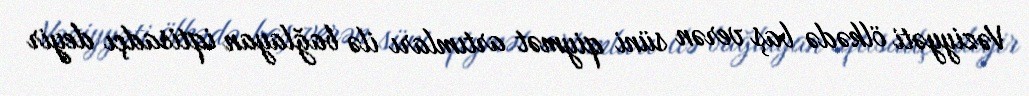
Vəziyyəti ölkədə baş verən süni qiymət artımları ilə bağlayan iqtisadçı deyir